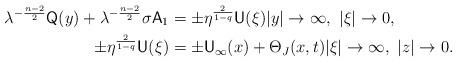
LaTeX: \begin{align*} \lambda^{-\frac{n-2}{2}}{\sf Q}(y) + \lambda^{-\frac{n-2}{2}}\sigma {\sf A}_1 &= \pm \eta^\frac{2}{1-q}{\sf U}(\xi) |y|\to\infty,\ |\xi|\to0, \\ \pm \eta^\frac{2}{1-q}{\sf U}(\xi) &= \pm {\sf U}_\infty(x) + \Theta_J(x,t) |\xi|\to\infty,\ |z|\to0. \end{align*}